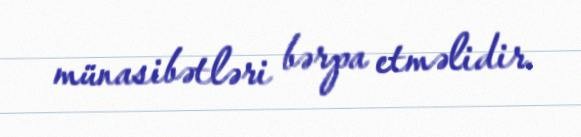
münasibətləri bərpa etməlidir.